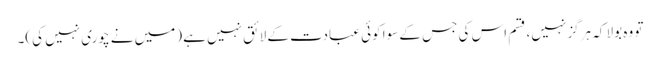
تو وہ بولا کہ ہرگز نہیں، قسم اس کی جس کے سوا کوئی عبادت کے لائق نہیں ہے (میں نے چوری نہیں کی)۔